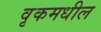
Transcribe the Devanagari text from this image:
वृकमधील